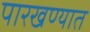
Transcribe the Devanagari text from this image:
पारखण्यात